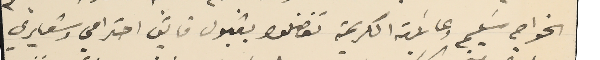
الخواجه سَليم وعائلته الكريمة تفضلوا بقبول فايق احترامي وشعايري